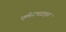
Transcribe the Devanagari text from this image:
एलेगसाइड्स